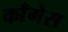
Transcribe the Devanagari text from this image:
काँगेस